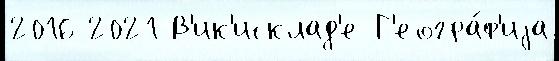
2016 2021 В'ик'исклад'е Г'еогра́ф'иjа